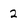
Character: 2